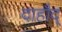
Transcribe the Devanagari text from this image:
दाहौद्